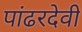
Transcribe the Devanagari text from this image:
पांढरदेवी